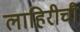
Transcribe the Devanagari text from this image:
लाहिरीची